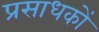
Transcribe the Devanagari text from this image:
प्रसाधकों